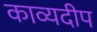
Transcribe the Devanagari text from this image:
काव्यदीप